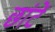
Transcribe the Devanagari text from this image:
छांटें